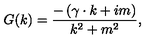
G ( k ) = \frac { - \left( \gamma \cdot k + i m \right) } { k ^ { 2 } + m ^ { 2 } } ,